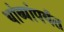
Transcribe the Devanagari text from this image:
थांब्यांपर्यंत